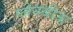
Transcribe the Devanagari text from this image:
प्लेनवीऊ